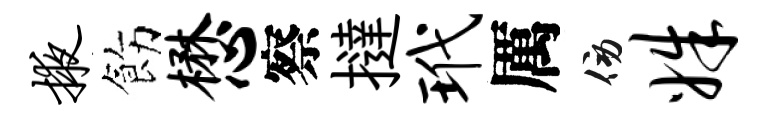
掖飭懋察撻玳厲傍姝